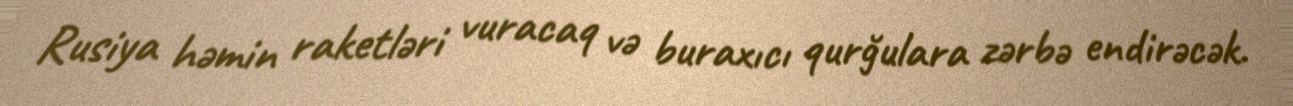
Rusiya həmin raketləri vuracaq və buraxıcı qurğulara zərbə endirəcək.